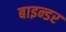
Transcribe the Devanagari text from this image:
बाइन्डर